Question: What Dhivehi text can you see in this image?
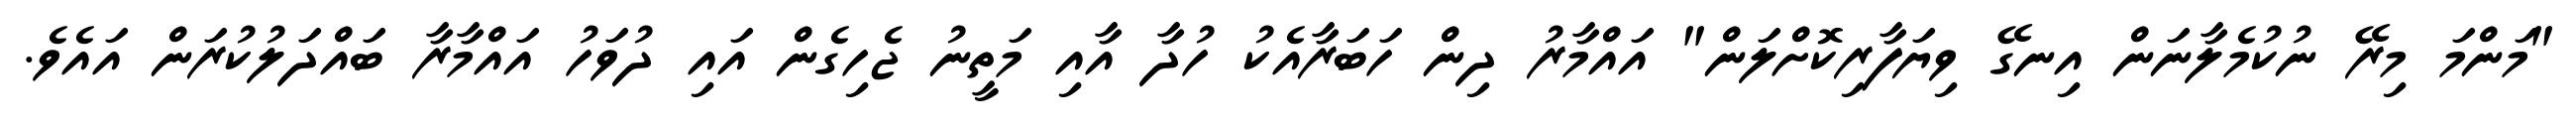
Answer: "މަންމަ މިރޭ ނުކުމެލާނަން އިނގޭ ވިޔަފާރިކޮށްލަން" އައްމާރު ދިން ހަބަރާއެކު ހުދާ އާއި މަތީނު ޖެހިގެން އައި ދުވަހު އައްމާރާ ބައްދަލުކުރަން އައެވެ.